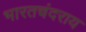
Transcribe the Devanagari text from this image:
भारतचंदराय